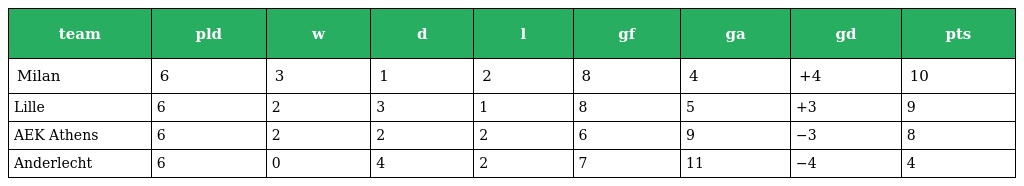
| team | pld | w | d | l | gf | ga | gd | pts |
 | --- | --- | --- | --- | --- | --- | --- | --- | --- |
 | Milan | 6 | 3 | 1 | 2 | 8 | 4 | +4 | 10 |
 | Lille | 6 | 2 | 3 | 1 | 8 | 5 | +3 | 9 |
 | AEK Athens | 6 | 2 | 2 | 2 | 6 | 9 | −3 | 8 |
 | Anderlecht | 6 | 0 | 4 | 2 | 7 | 11 | −4 | 4 |